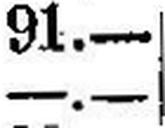
—.—